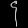
Digit: ၄